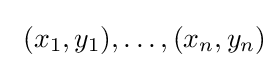
\ (x_{1},y_{1}),\ldots ,(x_{n},y_{n})